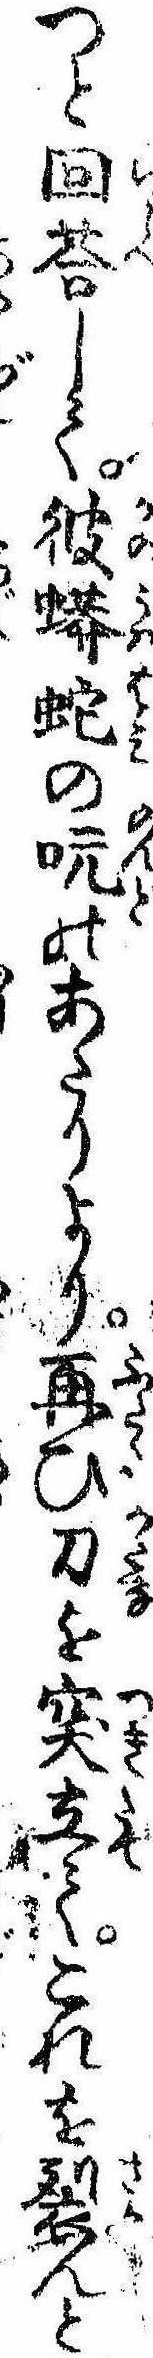
つと回答して彼蠎蛇の吭のあたりより再び刀を突立てこれを裂んと